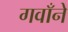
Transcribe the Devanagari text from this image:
गवाँने